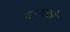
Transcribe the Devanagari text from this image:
समयको